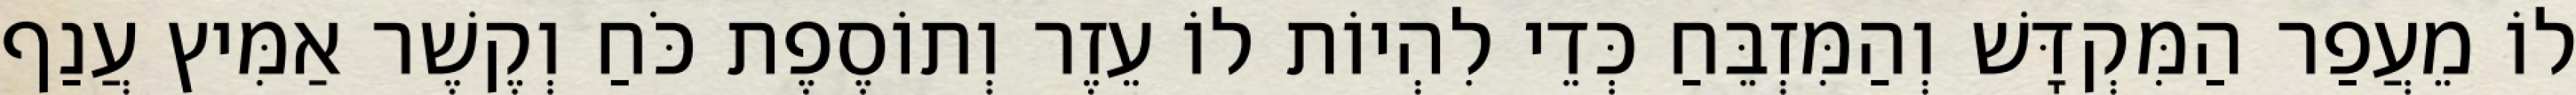
לוֹ מֵעֲפַר הַמִּקְדָּשׁ וְהַמִּזְבֵּחַ כְּדֵי לִהְיוֹת לוֹ עֵזֶר וְתוֹסֶפֶת כֹּחַ וְקֶשֶׁר אַמִּיץ עֲנַף